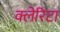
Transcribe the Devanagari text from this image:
क्लेरिटा